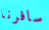
سافرنا